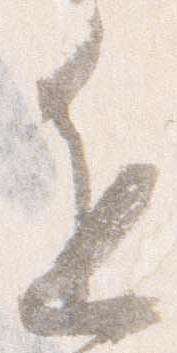
進